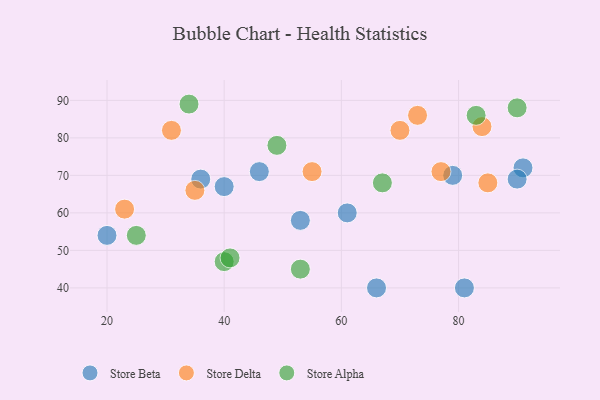
{"axis": {"x": "GDP", "y": "Life Expectancy"}, "legend": ["Store Alpha", "Store Beta", "Store Delta"], "data": [{"x": "46", "y": 71, "type": "Store Beta"}, {"x": "79", "y": 70, "type": "Store Beta"}, {"x": "40", "y": 67, "type": "Store Beta"}, {"x": "61", "y": 60, "type": "Store Beta"}, {"x": "81", "y": 40, "type": "Store Beta"}, {"x": "91", "y": 72, "type": "Store Beta"}, {"x": "20", "y": 54, "type": "Store Beta"}, {"x": "90", "y": 69, "type": "Store Beta"}, {"x": "36", "y": 69, "type": "Store Beta"}, {"x": "53", "y": 58, "type": "Store Beta"}, {"x": "66", "y": 40, "type": "Store Beta"}, {"x": "77", "y": 71, "type": "Store Delta"}, {"x": "84", "y": 83, "type": "Store Delta"}, {"x": "73", "y": 86, "type": "Store Delta"}, {"x": "23", "y": 61, "type": "Store Delta"}, {"x": "31", "y": 82, "type": "Store Delta"}, {"x": "35", "y": 66, "type": "Store Delta"}, {"x": "85", "y": 68, "type": "Store Delta"}, {"x": "55", "y": 71, "type": "Store Delta"}, {"x": "70", "y": 82, "type": "Store Delta"}, {"x": "83", "y": 86, "type": "Store Alpha"}, {"x": "67", "y": 68, "type": "Store Alpha"}, {"x": "49", "y": 78, "type": "Store Alpha"}, {"x": "40", "y": 47, "type": "Store Alpha"}, {"x": "53", "y": 45, "type": "Store Alpha"}, {"x": "25", "y": 54, "type": "Store Alpha"}, {"x": "34", "y": 89, "type": "Store Alpha"}, {"x": "90", "y": 88, "type": "Store Alpha"}, {"x": "41", "y": 48, "type": "Store Alpha"}]}